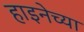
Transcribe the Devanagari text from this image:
हाइनेच्या